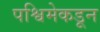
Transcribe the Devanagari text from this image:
पश्विमेकडून